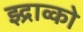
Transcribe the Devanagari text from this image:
झ्द्राव्को